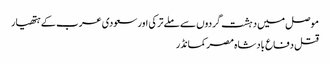
موصل میں دہشت گردوں سے ملے ترکی اور سعودی عرب کے ہتھیار
قتل دفاع بادشاہ مصر کمانڈر